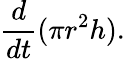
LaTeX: {\frac{d}{dt}}(\pi r^{2}h).